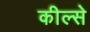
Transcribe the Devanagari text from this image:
कील्से